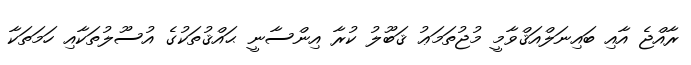
ރާއްޖެ އާއި ބައިނަލްއަޤްވާމީ މުޖުތަމަޢު ޤަބޫލު ކުރާ އިންސާނީ ޙައްޤުތަކުގެ އުސޫލުތަކާއި ހަމަތަކާ